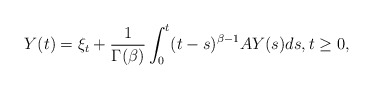
\begin{align*}Y(t)=\xi_t+\frac{1}{\Gamma(\beta)}\int_0^t(t-s)^{\beta-1}AY(s)ds,t\ge 0,\end{align*}